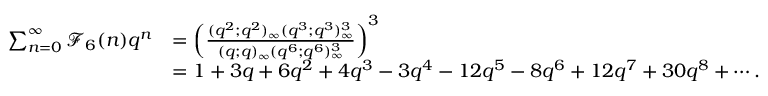
\begin{array} { r l } { \sum _ { n = 0 } ^ { \infty } \mathcal { F } _ { 6 } ( n ) q ^ { n } } & { = \left( \frac { ( q ^ { 2 } ; q ^ { 2 } ) _ { \infty } ( q ^ { 3 } ; q ^ { 3 } ) _ { \infty } ^ { 3 } } { ( q ; q ) _ { \infty } ( q ^ { 6 } ; q ^ { 6 } ) _ { \infty } ^ { 3 } } \right) ^ { 3 } } \\ & { = 1 + 3 q + 6 q ^ { 2 } + 4 q ^ { 3 } - 3 q ^ { 4 } - 1 2 q ^ { 5 } - 8 q ^ { 6 } + 1 2 q ^ { 7 } + 3 0 q ^ { 8 } + \cdots . } \end{array}